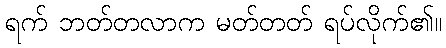
ရက် ဘတ်တလာက မတ်တတ် ရပ်လိုက်၏။